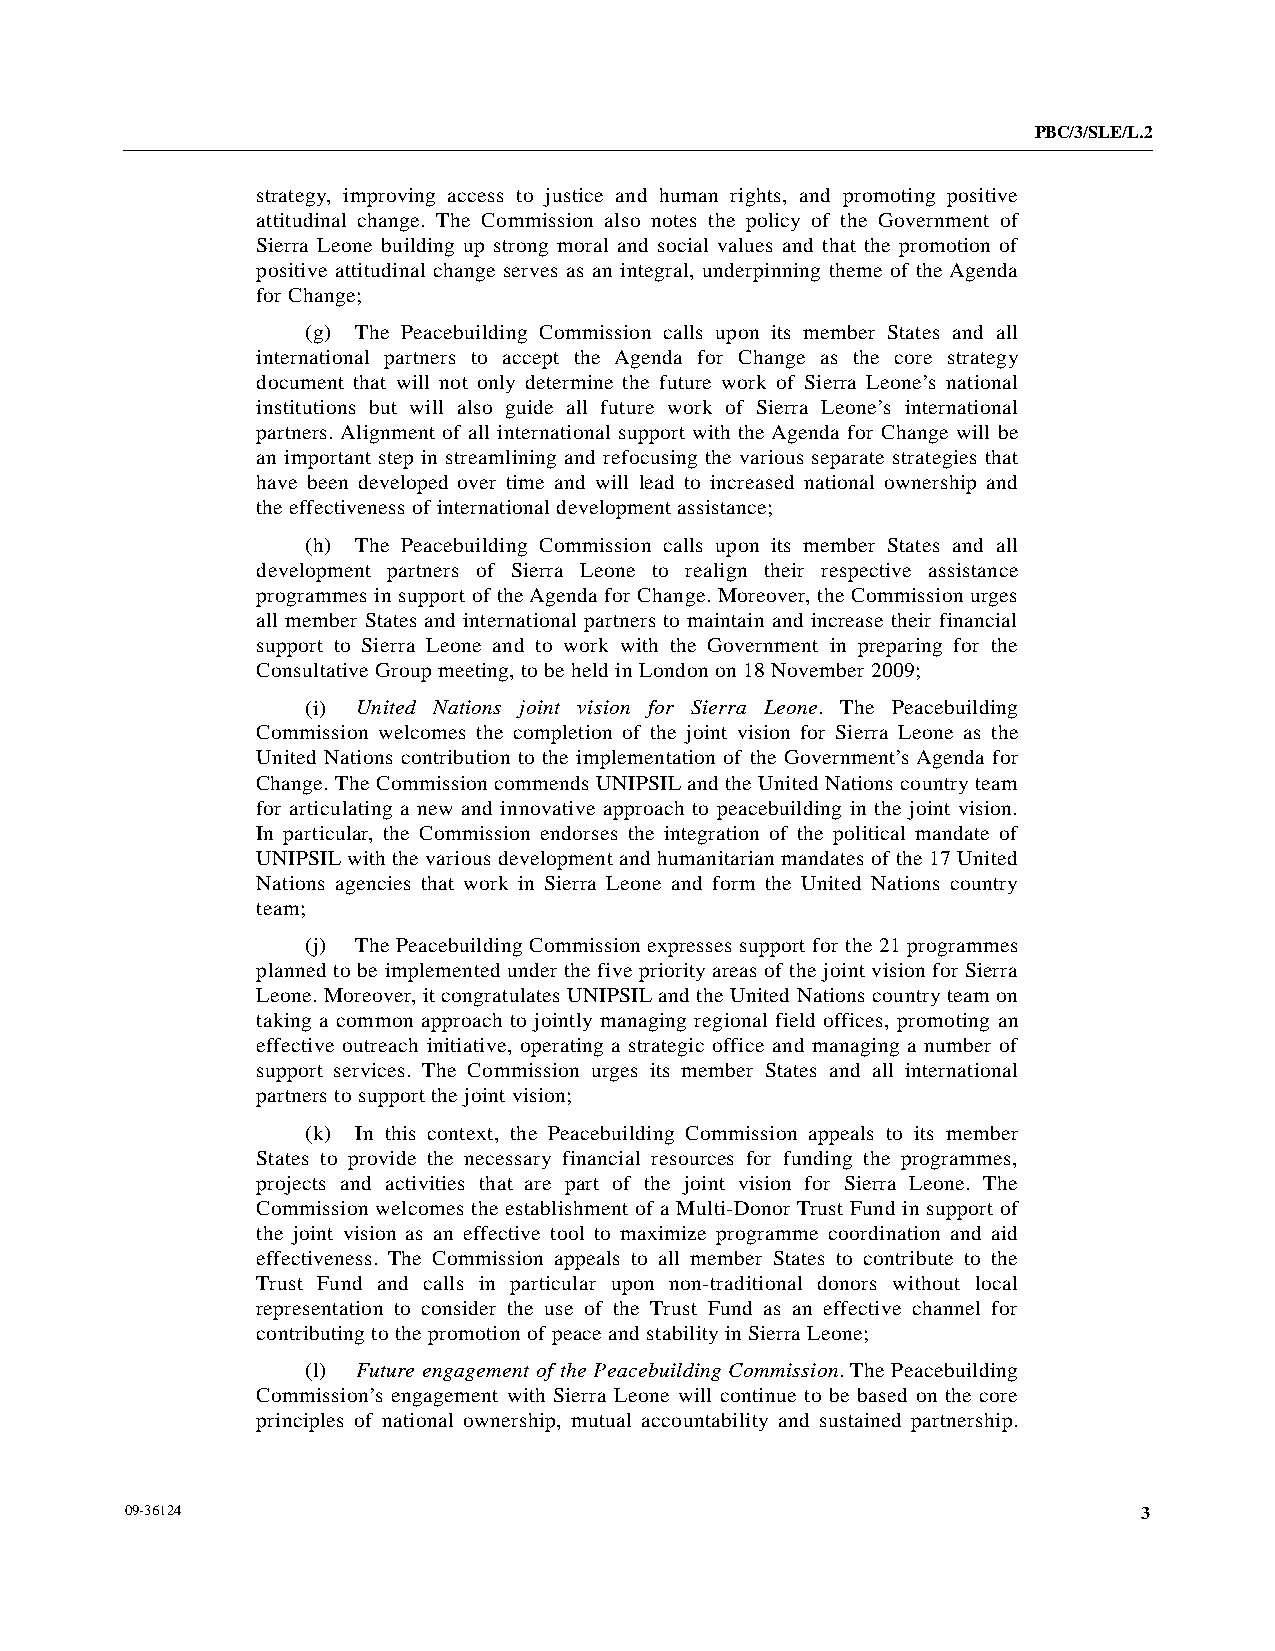
PBC/3/SLE/L.2
 strategy, improving access to justice and human rights, and promoting positive
 attitudinal change. The Commission also notes the policy of the Government of
 Sierra Leone building up strong moral and social values and that the promotion of
 positive attitudinal change serves as an integral, underpinning theme of the Agenda
 for Change;
 (g) The Peacebuilding Commission calls upon its member States and all
 international partners to accept the Agenda for Change as the core strategy
 document that will not only determine the future work of Sierra Leone’s national
 institutions but will also guide all future work of Sierra Leone’s international
 partners. Alignment of all international support with the Agenda for Change will be
 an important step in streamlining and refocusing the various separate strategies that
 have been developed over time and will lead to increased national ownership and
 the effectiveness of international development assistance;
 (h) The Peacebuilding Commission calls upon its member States and all
 development partners of Sierra Leone to realign their respective assistance
 programmes in support of the Agenda for Change. Moreover, the Commission urges
 all member States and international partners to maintain and increase their financial
 support to Sierra Leone and to work with the Government in preparing for the
 Consultative Group meeting, to be held in London on 18 November 2009;
 (i) United Nations joint vision for Sierra Leone. The Peacebuilding
 Commission welcomes the completion of the joint vision for Sierra Leone as the
 United Nations contribution to the implementation of the Government’s Agenda for
 Change. The Commission commends UNIPSIL and the United Nations country team
 for articulating a new and innovative approach to peacebuilding in the joint vision.
 In particular, the Commission endorses the integration of the political mandate of
 UNIPSIL with the various development and humanitarian mandates of the 17 United
 Nations agencies that work in Sierra Leone and form the United Nations country
 team;
 (j) The Peacebuilding Commission expresses support for the 21 programmes
 planned to be implemented under the five priority areas of the joint vision for Sierra
 Leone. Moreover, it congratulates UNIPSIL and the United Nations country team on
 taking a common approach to jointly managing regional field offices, promoting an
 effective outreach initiative, operating a strategic office and managing a number of
 support services. The Commission urges its member States and all international
 partners to support the joint vision;
 (k) In this context, the Peacebuilding Commission appeals to its member
 States to provide the necessary financial resources for funding the programmes,
 projects and activities that are part of the joint vision for Sierra Leone. The
 Commission welcomes the establishment of a Multi-Donor Trust Fund in support of
 the joint vision as an effective tool to maximize programme coordination and aid
 effectiveness. The Commission appeals to all member States to contribute to the
 Trust Fund and calls in particular upon non-traditional donors without local
 representation to consider the use of the Trust Fund as an effective channel for
 contributing to the promotion of peace and stability in Sierra Leone;
 (l) Future engagement of the Peacebuilding Commission. The Peacebuilding
 Commission’s engagement with Sierra Leone will continue to be based on the core
 principles of national ownership, mutual accountability and sustained partnership.
 09-36124                                                            3